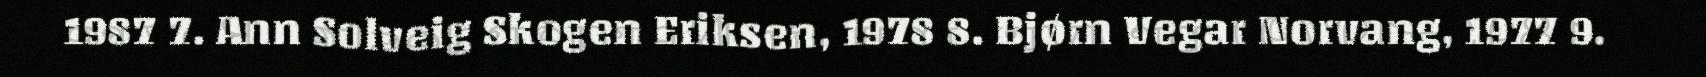
1987 7. Ann Solveig Skogen Eriksen, 1978 8. Bjørn Vegar Norvang, 1977 9.